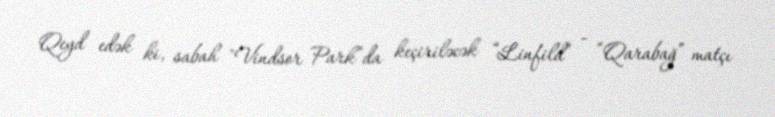
Qeyd edək ki, sabah "Vindsor Park”da keçiriləcək “Linfild” - “Qarabağ” matçı